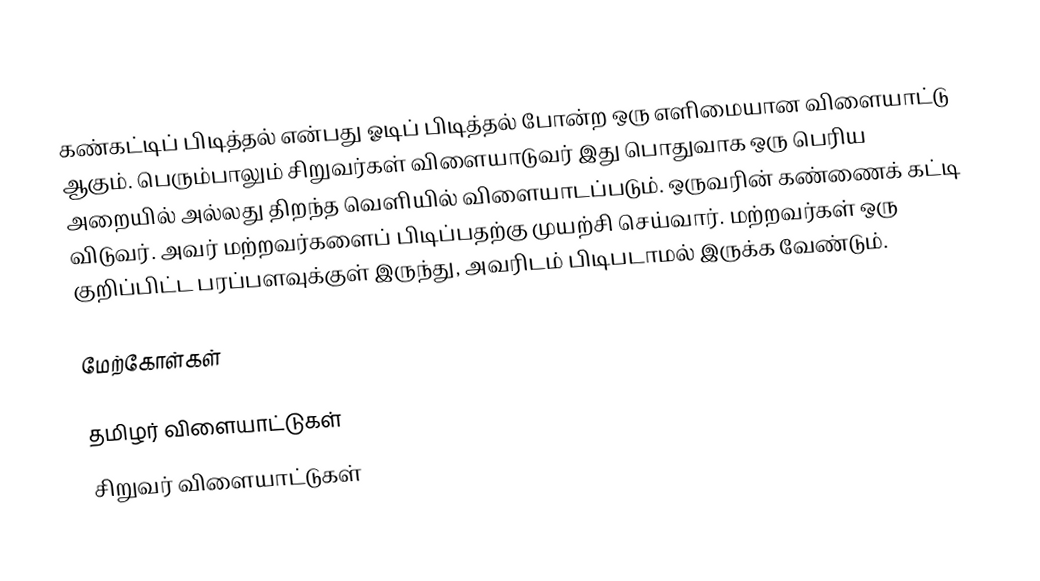
கண்கட்டிப் பிடித்தல் என்பது ஓடிப் பிடித்தல் போன்ற ஒரு எளிமையான விளையாட்டு ஆகும். பெரும்பாலும் சிறுவர்கள் விளையாடுவர் இது பொதுவாக ஒரு பெரிய அறையில் அல்லது திறந்த வெளியில் விளையாடப்படும். ஒருவரின் கண்ணைக் கட்டி விடுவர். அவர் மற்றவர்களைப் பிடிப்பதற்கு முயற்சி செய்வார். மற்றவர்கள் ஒரு குறிப்பிட்ட பரப்பளவுக்குள் இருந்து, அவரிடம் பிடிபடாமல் இருக்க வேண்டும்.

மேற்கோள்கள்

தமிழர் விளையாட்டுகள்
சிறுவர் விளையாட்டுகள்